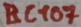
Text: BC107